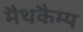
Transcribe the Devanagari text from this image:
मैथकैम्प